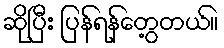
ဆိုပြီး ပြန်ရန်တွေ့တယ်။